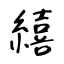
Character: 繥